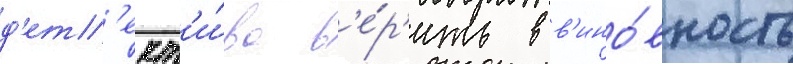
д'ет'ект'и́ва в'е́р'ить в в'ино́вность